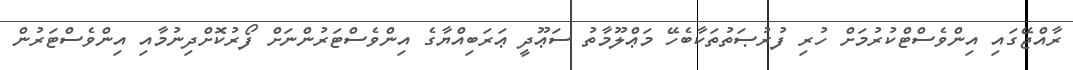
ރާއްޖޭގައި އިންވެސްޓްކުރުމަށް ހުރި ފުރުޞަތުތަކާބެހޭ މަޢްލޫމާތު ސަޢޫދީ ޢަރަބިއްޔާގެ އިންވެސްޓަރުންނަށް ފޯރުކޮށްދިނުމާއި އިންވެސްޓަރުން